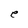
Character: e